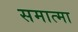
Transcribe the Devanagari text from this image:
समात्मा